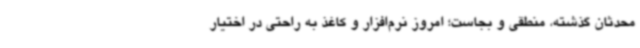
محدثان گذشته، منطقی و بجاست؛ امروز نرم‌افزار و کاغذ به راحتی در اختیار